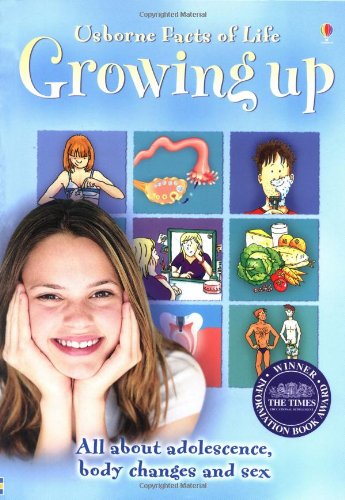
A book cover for Growing Up (Facts of Life Series); Teen & Young Adult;